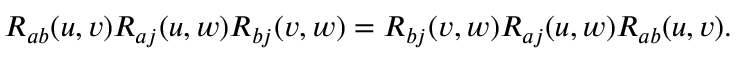
R _ { a b } ( u , v ) R _ { a j } ( u , w ) R _ { b j } ( v , w ) = R _ { b j } ( v , w ) R _ { a j } ( u , w ) R _ { a b } ( u , v ) .